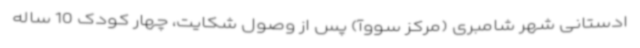
ادستانی شهر شامبری (مرکز سووآ) پس از وصول شکایت، چهار کودک 10 ساله